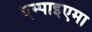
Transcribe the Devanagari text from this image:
एम्पाइएमा